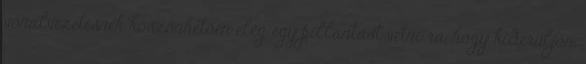
vonalvezetésnek köszönhetően elég egy pillantást vetni rá, hogy kiderüljön,